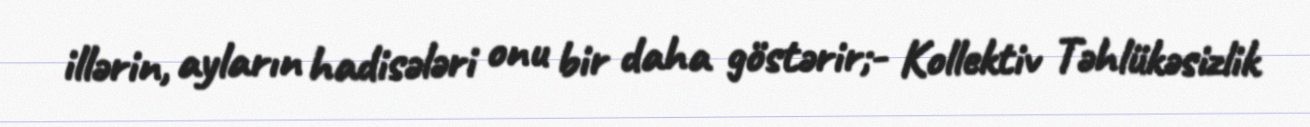
illərin, ayların hadisələri onu bir daha göstərir;- Kollektiv Təhlükəsizlik